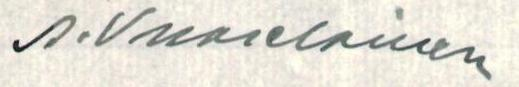
A. Vuorelainen